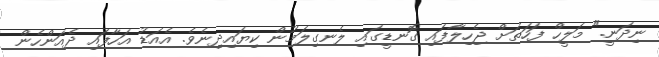
ނިދަނީ." މަލީހް ފަހަތަށް ޖެހިލާފައި ގޮނޑީގައި ލެނގިލަމުން ކިޔައިދިނެވެ. އެއަޑު އަހާފައި ދެއަންހެން